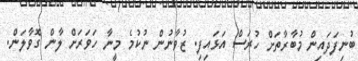
ބުނިފަދައިން މުބާރާތަށް ހުރަސް އަޅައިފި. ޒުވާނުން ނުކުމެ މީނާ ހަވަރަށް ލާން ގޮވާލަން.